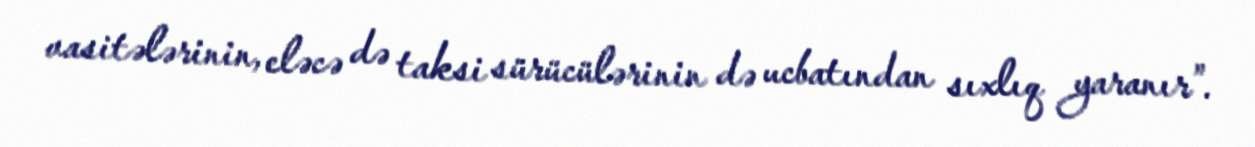
vasitələrinin, eləcə də taksi sürücülərinin də ucbatından sıxlıq yaranır”.